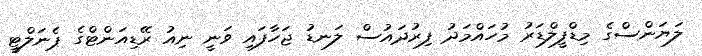
ލަޔަންސްގެ މިޑްފީލްޑަރު މުހައްމަދު ފިރުދައުސް ލަނޑު ޖަހާފައި ވަނީ ނިއު ރޭޑިއަންޓްގެ ޕެނަލްޓީ